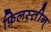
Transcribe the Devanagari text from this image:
फ़िलस्त़ीन्